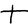
Character: t